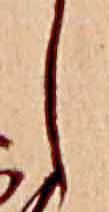
し